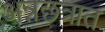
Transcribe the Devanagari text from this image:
अन्नछत्रात